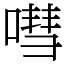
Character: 嘒